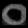
Digit: ၀